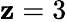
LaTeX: \mathbf{z}=3